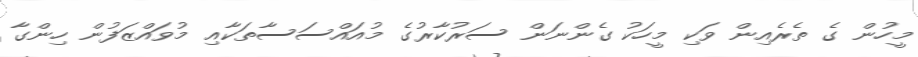
މީހުން ގެ ތެެރެއިން ވަކި މީހަކު ގެންނަން ސަރުކާރުގެ މުއައްސަސާތަކާއި މުވައްޒަފުން ހިންގާ